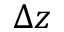
\Delta z